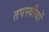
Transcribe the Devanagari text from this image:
तपस्वीयों